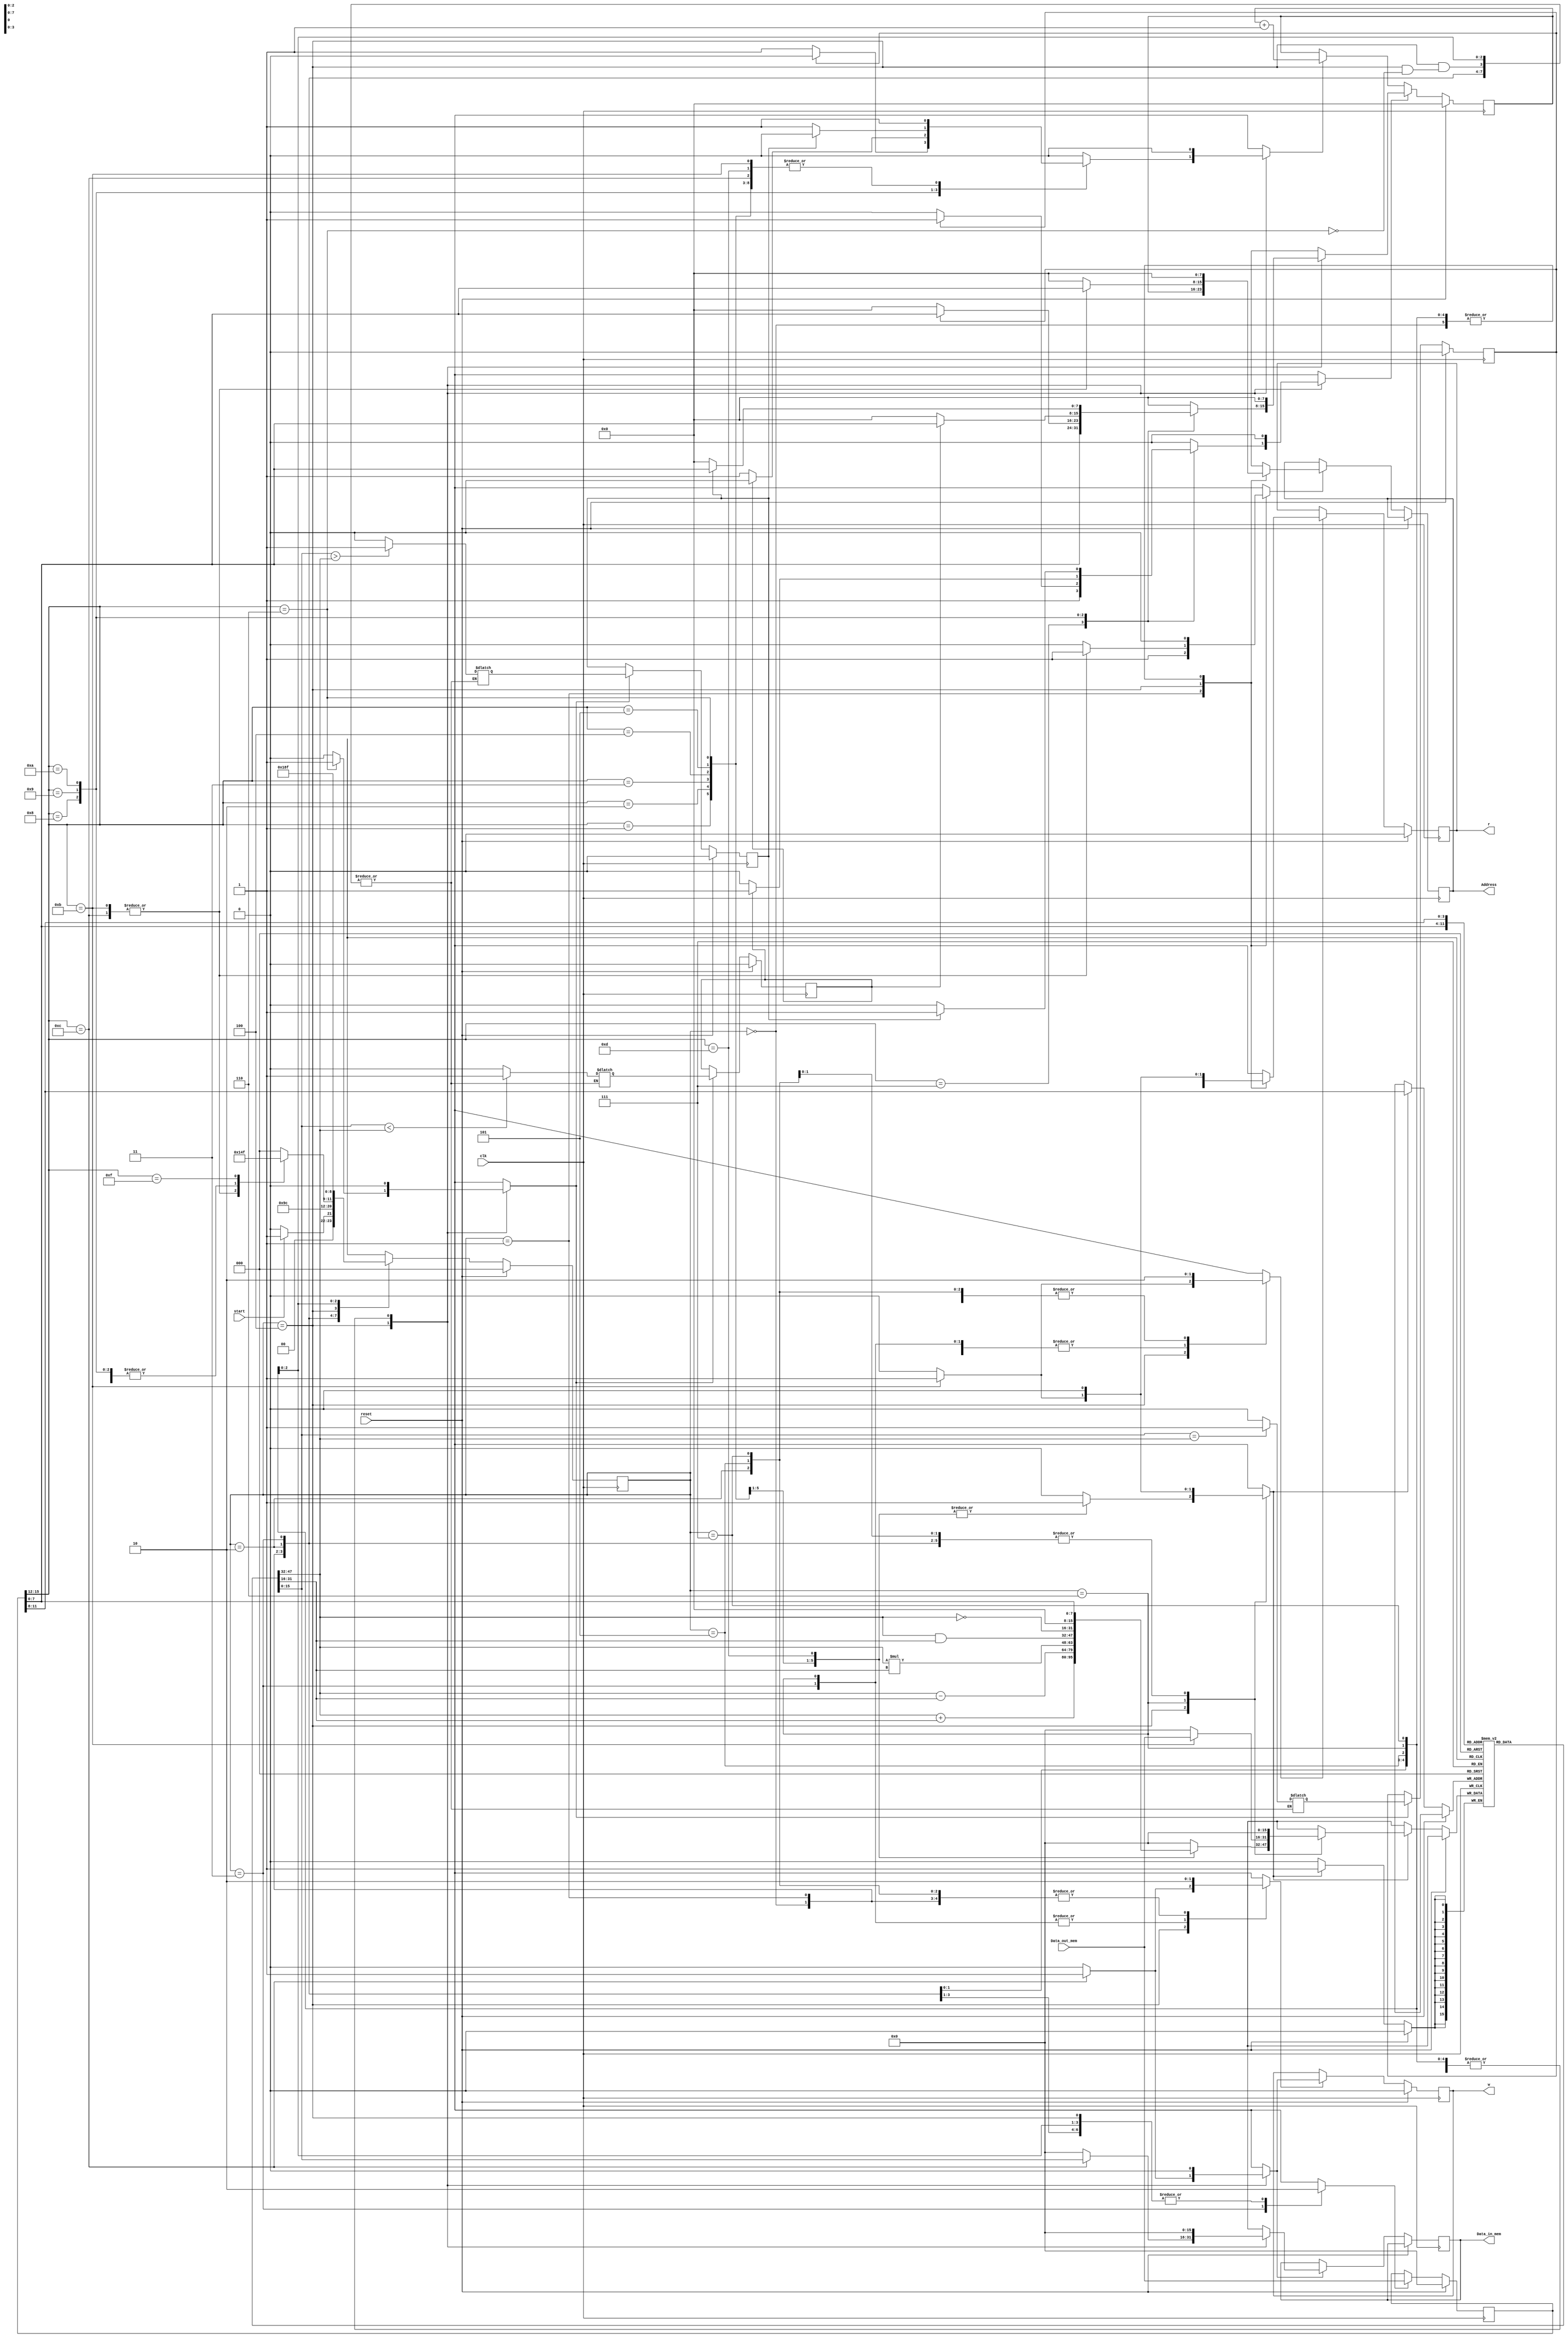

`define S_idle			0
`define S_fetch1	 	1
`define S_fetch2	 	2
`define S_fetch3	 	3

`define S_decode_exec 	4
`define S_mem_wait		5
`define S_mem			6	
`define S_last			7

//*************************
`define NOP		4'b0000
`define ADD		4'b0001
`define SUB		4'b0010
`define MUL		4'b0011
`define AND		4'b0100
`define NOT		4'b0101
`define CPM		4'b0110
`define JMP		4'b0111
`define BEQ	    4'b1000
`define BLT		4'b1001
`define BGT		4'b1010
`define LOAD	4'b1011
`define STORE	4'b1100
`define MOV		4'b1101
`define HALT	4'b1111



module cpu(start,Data_out_mem,Data_in_mem,Address,r,w,reset,clk);
	input start;
	input  [15:0] Data_out_mem;
	output reg [15:0] Data_in_mem;
	output reg [7:0] Address;
	output reg r,w;
	input clk,reset;
	reg L,G,E;
	reg [2:0] state, next_state;
	reg load_IR,load_PC,load_RegFile,inc_PC, load_L, load_G, load_E;
	reg [7:0] Data_in_PC;
	reg [15:0] Data_in_RegFile;
	reg Data_in_L, Data_in_G, Data_in_E;
	
	reg load_r;
	reg load_w;
	reg data_in_r;
	reg data_in_w;
	
	reg Data_in_mem_load;
	reg [15:0] Data_in_mem_data;
	
	


	reg[7:0] PC;
	reg[15:0] IR;
	reg[15:0] RegFile[0:15];
	
	reg Load_Address;
	reg [15:0] Data_in_Address;
	always @*
	begin
		load_r=0;
		load_w=0;
		data_in_r=0;
		data_in_w=0;
		next_state=0;
		load_PC=0;
		load_IR=0;
		load_RegFile=0;
		Data_in_RegFile=0;
		Data_in_PC=0;
		inc_PC=0;
		Data_in_mem_data=0;
		Data_in_mem_load=0;
		load_L=0;
		load_G=0;
		load_E=0;
		Load_Address=0;
		Data_in_Address=0;
		case (state)
			`S_idle:
			begin
				if(start)
					next_state=`S_fetch1;
				else
					next_state=`S_idle;
			end
			`S_fetch1:
			begin
				data_in_r=1;
				load_r=1;
				Load_Address=1;
				Data_in_Address=PC;
				next_state=`S_fetch2;
			end
			`S_fetch2:
			begin
				next_state=`S_fetch3;
			end
			
			`S_fetch3:
			begin
				load_IR=1;
				next_state=`S_decode_exec;
				load_r=1;
				data_in_r=0;
				load_w=1;
				data_in_w=0;
				
			end
			
			`S_decode_exec:
			begin
				case (IR[15:12])
					`ADD:
					begin
						load_RegFile=1;	
						Data_in_RegFile=RegFile[IR[7:4]]+RegFile[IR[3:0]];
						inc_PC=1;
						next_state=`S_fetch1;
						$display("ADD R%d R%d R%d", IR[11:8], IR[7:4], IR[3:0]);
					end
					`SUB:
					begin
						load_RegFile=1;	
						Data_in_RegFile=RegFile[IR[7:4]]-RegFile[IR[3:0]];
						inc_PC=1;
						next_state=`S_fetch1;
						$display("SUB R%d R%d R%d", IR[11:8], IR[7:4], IR[3:0]);
					end

                    `MUL:
					begin
						load_RegFile=1;	
						Data_in_RegFile=RegFile[IR[7:4]]*RegFile[IR[3:0]];
						inc_PC=1;
						next_state=`S_fetch1;
						$display("MUL R%d R%d R%d", IR[11:8], IR[7:4], IR[3:0]);
					end
					`AND:
					begin
						load_RegFile=1;	
						Data_in_RegFile=RegFile[IR[7:4]]&RegFile[IR[3:0]];
						inc_PC=1;
						next_state=`S_fetch1;
						$display("AND R%d R%d R%d", IR[11:8], IR[7:4], IR[3:0]);
					end
					`NOT:
					begin
						load_RegFile=1;	
						Data_in_RegFile=~RegFile[IR[7:4]];
						inc_PC=1;
						next_state=`S_fetch1;
						$display("NOT R%d R%d", IR[11:8], IR[7:4]);
					end					
					`CPM:
					begin
						load_L=1;
						load_G=1;
						load_E=1;
						Data_in_L= (RegFile[IR[11:8]]<RegFile[IR[7:4]]) ? 1 : 0;
						Data_in_G= (RegFile[IR[11:8]]>RegFile[IR[7:4]]) ? 1 : 0;
						Data_in_E= (RegFile[IR[11:8]]==RegFile[IR[7:4]]) ? 1 : 0;
						inc_PC=1;
						next_state=`S_fetch1;
						$display("CMP R%d R%d", IR[11:8], IR[7:4]);
					end
					`JMP:
					begin
						load_PC=1;
						Data_in_PC=IR[7:0];
						next_state=`S_fetch1;		
						$display("JMP [%h]", IR[7:0]);						
					end					
				    `BEQ:
					begin
						if(E==1)
						begin
							load_PC=1;
							Data_in_PC=IR[7:0];
						end
						else
							inc_PC=1;
						next_state=`S_fetch1;	
						$display("BEQ [0x%h]", IR[7:0]);	
					end
					`BLT:
					begin
						if(L==1)
						begin
							load_PC=1;
							Data_in_PC=IR[7:0];
						end
						else
							inc_PC=1;
						next_state=`S_fetch1;	
						$display("BLT [0x%h]", IR[7:0]);	
					end
					`BGT:
					begin
						if(G==1)
						begin
							load_PC=1;
							Data_in_PC=IR[7:0];
						end
						else
							inc_PC=1;
						next_state=`S_fetch1;					
						$display("BGT [0x%h]", IR[7:0]);	
					end
					`LOAD:
					begin
						inc_PC=1;
						Load_Address=1;
						Data_in_Address=IR[7:0];
						data_in_r=1;
						load_r=1;
						next_state=`S_mem_wait;
						$display("LOAD R%d [0x%h]", IR[11:8], IR[7:0]);
					end	
					`STORE:
					begin
						inc_PC=1;
						Load_Address=1;
						Data_in_Address=IR[7:0];
						
						Data_in_mem_data=RegFile[IR[11:8]];
						Data_in_mem_load=1;
						data_in_w=1;
						load_w=1;
						next_state=`S_mem_wait;
						$display("STORE R%d [0x%h]", IR[11:8], IR[7:0]);
					end	
					
					`MOV:
					begin
						load_RegFile=1;	
						Data_in_RegFile={8'b0,IR[7:0]};
						inc_PC=1;
						next_state=`S_fetch1;
						$display("MOV R%d 0x%h", IR[11:8], IR[7:0]);
					end
					
					
					`HALT:
					begin
						next_state=`S_last;
					end
					default:
						$display("invalid opcode %b\n", IR[15:12]);
				endcase
			end			
			`S_mem_wait:
			begin
				next_state = `S_mem;
			end
			`S_mem:
			begin
				if(IR[15:12]==`LOAD)
				begin
					load_RegFile=1;
					Data_in_RegFile=Data_out_mem;
				end
				load_r=1;
				data_in_r=0;
				load_w=1;
				data_in_w=0;
				next_state=`S_fetch1;
			end
			`S_last:
				next_state=`S_last;
			default:
				next_state=`S_idle;

		endcase
	end
	
	always @(posedge clk)
	begin
		if(reset==1)
		begin
			state<=`S_idle;
			PC<=0;
			IR<=0;
			E<=0;
			L<=0;
			G<=0;
			r<=0;
			w<=0;
		end
		else
		begin
			state<=next_state;
			if(load_PC)
				PC<=Data_in_PC;
			else if(inc_PC)
				PC<=PC+1;
			
			if(load_IR)
				IR<=Data_out_mem;			
			if(load_RegFile)
				RegFile[IR[11:8]]<=Data_in_RegFile;
				
			if(load_E)
				E<=Data_in_E;
			if(load_G)
				G<=Data_in_G;
			if(load_E)
				L<=Data_in_L;
			if(Load_Address)
				Address<=Data_in_Address;
			if(load_r)
				r<=data_in_r;
			if(load_w)
				w<=data_in_w;			
			if(Data_in_mem_load)
				Data_in_mem <= Data_in_mem_data;
		end
	end
	
endmodule